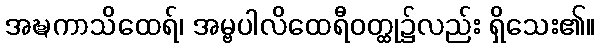
အဍ္ဎကာသိထေရ်၊ အမ္ဗပါလိထေရီဝတ္ထု၌လည်း ရှိသေး၏။